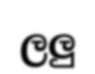
ලලු